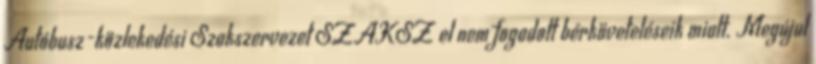
Autóbusz-közlekedési Szakszervezet SZAKSZ el nem fogadott bérköveteléseik miatt. Megújul